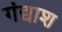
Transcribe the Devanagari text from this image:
गंद्याश